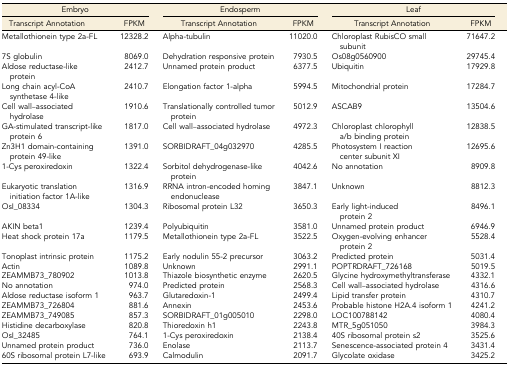
<table><thead><tr><td colspan="2"><b>Embryo</b></td><td colspan="2"><b>Endosperm</b></td><td colspan="2"><b>Leaf</b></td></tr><tr><td><b>Transcript Annotation</b></td><td><b>FPKM</b></td><td><b>Transcript Annotation</b></td><td><b>FPKM</b></td><td><b>Transcript Annotation</b></td><td><b>FPKM</b></td></tr></thead><tbody><tr><td>Metallothionein type 2a-FL</td><td>12328.2</td><td>Alpha-tubulin</td><td>11020.0</td><td>Chloroplast RubisCO small subunit</td><td>71647.2</td></tr><tr><td>7S globulin</td><td>8069.0</td><td>Dehydration responsive protein</td><td>7930.5</td><td>Os08g0560900</td><td>29745.4</td></tr><tr><td>Aldose reductase-like protein</td><td>2412.7</td><td>Unnamed protein product</td><td>6377.5</td><td>Ubiquitin</td><td>17929.8</td></tr><tr><td>Long chain acyl-CoA synthetase 4-like</td><td>2410.7</td><td>Elongation factor 1-alpha</td><td>5994.5</td><td>Mitochondrial protein</td><td>17284.7</td></tr><tr><td>Cell wall–associated hydrolase</td><td>1910.6</td><td>Translationally controlled tumor protein</td><td>5012.9</td><td>ASCAB9</td><td>13504.6</td></tr><tr><td>GA-stimulated transcript-like protein 6</td><td>1817.0</td><td>Cell wall–associated hydrolase</td><td>4972.3</td><td>Chloroplast chlorophyll a/b binding protein</td><td>12838.5</td></tr><tr><td>Zn3H1 domain-containing protein 49-like</td><td>1391.0</td><td>SORBIDRAFT_04g032970</td><td>4285.5</td><td>Photosystem I reaction center subunit XI</td><td>12695.6</td></tr><tr><td>1-Cys peroxiredoxin</td><td>1322.4</td><td>Sorbitol dehydrogenase-like protein</td><td>4042.6</td><td>No annotation</td><td>8909.8</td></tr><tr><td>Eukaryotic translation initiation factor 1A-like</td><td>1316.9</td><td>RRNA intron-encoded homing endonuclease</td><td>3847.1</td><td>Unknown</td><td>8812.3</td></tr><tr><td>OsI_08334</td><td>1304.3</td><td>Ribosomal protein L32</td><td>3650.3</td><td>Early light-induced protein 2</td><td>8496.1</td></tr><tr><td>AKIN beta1</td><td>1239.4</td><td>Polyubiquitin</td><td>3581.0</td><td>Unnamed protein product</td><td>6946.9</td></tr><tr><td>Heat shock protein 17a</td><td>1179.5</td><td>Metallothionein type 2a-FL</td><td>3522.5</td><td>Oxygen-evolving enhancer protein 2</td><td>5528.4</td></tr><tr><td>Tonoplast intrinsic protein</td><td>1175.2</td><td>Early nodulin 55-2 precursor</td><td>3063.2</td><td>Predicted protein</td><td>5031.4</td></tr><tr><td>Actin</td><td>1089.8</td><td>Unknown</td><td>2991.1</td><td>POPTRDRAFT_726168</td><td>5019.5</td></tr><tr><td>ZEAMMB73_780902</td><td>1013.8</td><td>Thiazole biosynthetic enzyme</td><td>2620.5</td><td>Glycine hydroxymethyltransferase</td><td>4332.1</td></tr><tr><td>No annotation</td><td>974.0</td><td>Predicted protein</td><td>2568.3</td><td>Cell wall–associated hydrolase</td><td>4316.6</td></tr><tr><td>Aldose reductase isoform 1</td><td>963.7</td><td>Glutaredoxin-1</td><td>2499.4</td><td>Lipid transfer protein</td><td>4310.7</td></tr><tr><td>ZEAMMB73_726804</td><td>881.6</td><td>Annexin</td><td>2453.6</td><td>Probable histone H2A.4 isoform 1</td><td>4241.2</td></tr><tr><td>ZEAMMB73_749085</td><td>857.3</td><td>SORBIDRAFT_01g005010</td><td>2298.0</td><td>LOC100788142</td><td>4080.4</td></tr><tr><td>Histidine decarboxylase</td><td>820.8</td><td>Thioredoxin h1</td><td>2243.8</td><td>MTR_5g051050</td><td>3984.3</td></tr><tr><td>OsI_32485</td><td>764.1</td><td>1-Cys peroxiredoxin</td><td>2138.4</td><td>40S ribosomal protein s2</td><td>3525.6</td></tr><tr><td>Unnamed protein product</td><td>736.0</td><td>Enolase</td><td>2113.7</td><td>Senescence-associated protein 4</td><td>3431.4</td></tr><tr><td>60S ribosomal protein L7-like</td><td>693.9</td><td>Calmodulin</td><td>2091.7</td><td>Glycolate oxidase</td><td>3425.2</td></tr></tbody></table>